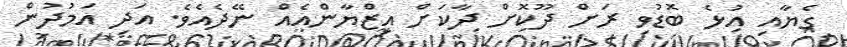
ގެޔާއި އުޅެ ބޮޑުވި ރަށް ދޫކޮށް ދާކަށް އިޒްޔާންއެއް ނޭދެއެވެ. އަދި އަމުދުން